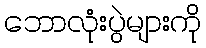
ဘောလုံးပွဲများကို